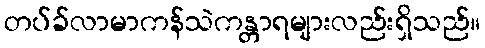
တပ်ခ်လာမာကန်သဲကန္တာရများလည်းရှိသည်။